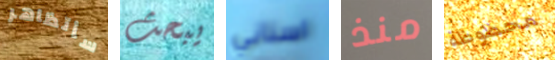
سأتظاهر يبحث اسناني منذ محظوظة